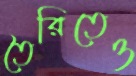
তৈরিতেও